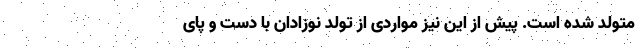
متولد شده است. پیش از این نیز مواردی از تولد نوزادان با دست و پای